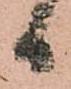
日